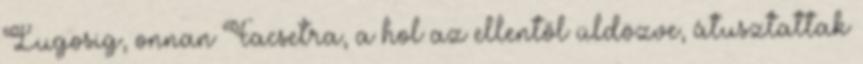
Lugosig, onnan Facsetra, a hol az ellentől üldözve, átusztattak